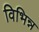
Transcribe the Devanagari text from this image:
विभिन्न